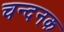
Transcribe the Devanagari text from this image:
चन्दनक